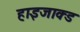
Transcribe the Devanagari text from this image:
हाइजाक्ड